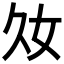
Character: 𡚮